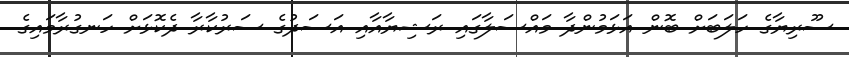
ސޫރިޔާގެ ހަލަބަށް ބޮން އަޅަމުންދާ މައްސަލާގައި ރަޝިޔާއާއި އަސަދުގެ ސަރުކާރާ ދެކޮޅަށް ހަނގުރާމައިގެ